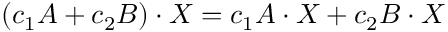
( c _ { 1 } A + c _ { 2 } B ) \cdot X = c _ { 1 } A \cdot X + c _ { 2 } B \cdot X